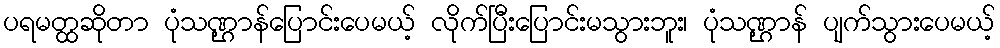
ပရမတ္ထဆိုတာ ပုံသဏ္ဌာန်ပြောင်းပေမယ့် လိုက်ပြီးပြောင်းမသွားဘူး၊ ပုံသဏ္ဌာန် ပျက်သွားပေမယ့်